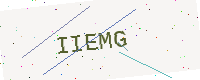
Text: IIEMG